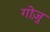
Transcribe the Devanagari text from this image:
गोज़ु